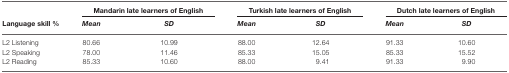
<table><thead><tr><td>[EMPTY_CELL]</td><td colspan="2"><b>Mandarin late learners of English</b></td><td colspan="2"><b>Turkish late learners of English</b></td><td colspan="2"><b>Dutch late learners of English</b></td></tr><tr><td><b>Language skill %</b></td><td><b><i>Mean</i></b></td><td><b><i>SD</i></b></td><td><b><i>Mean</i></b></td><td><b><i>SD</i></b></td><td><b><i>Mean</i></b></td><td><b><i>SD</i></b></td></tr></thead><tbody><tr><td>L2 Listening</td><td>80.66</td><td>10.99</td><td>88.00</td><td>12.64</td><td>91.33</td><td>10.60</td></tr><tr><td>L2 Speaking</td><td>78.00</td><td>11.46</td><td>85.33</td><td>15.05</td><td>85.33</td><td>15.52</td></tr><tr><td>L2 Reading</td><td>85.33</td><td>10.60</td><td>88.00</td><td>9.41</td><td>91.33</td><td>9.90</td></tr></tbody></table>